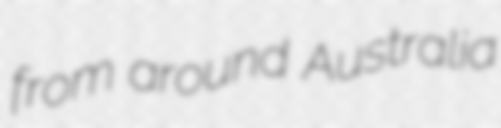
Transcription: from around Australia